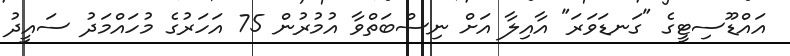
އައްޑޫސިޓީގެ "ގަނޑަވަރަ" އާއިލާ އަށް ނިސްބަތްވާ އުމުރުން 75 އަހަރުގެ މުހައްމަދު ސައީދު